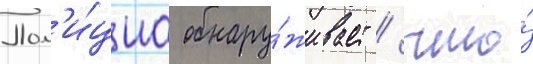
Пол'и́циа обнару́живает / что́